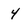
Character: 4